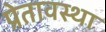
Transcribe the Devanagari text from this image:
प्रेतावस्था